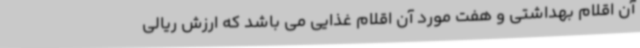
آن اقلام بهداشتی و هفت مورد آن اقلام غذایی می باشد که ارزش ریالی